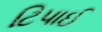
ટિપાઈ